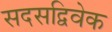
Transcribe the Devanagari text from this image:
सदसद्विवेक